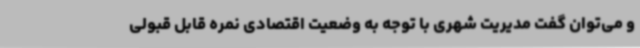
و می‌توان گفت مدیریت شهری با توجه به وضعیت اقتصادی نمره قابل قبولی